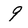
Character: 9